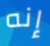
إنه